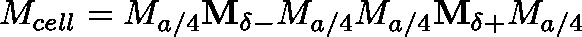
M _ { c e l l } = M _ { a / 4 } \mathbf { M _ { \delta - } } M _ { a / 4 } M _ { a / 4 } \mathbf { M _ { \delta + } } M _ { a / 4 }